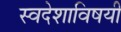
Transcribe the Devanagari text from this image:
स्वदेशाविषयी